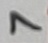
Text: 7